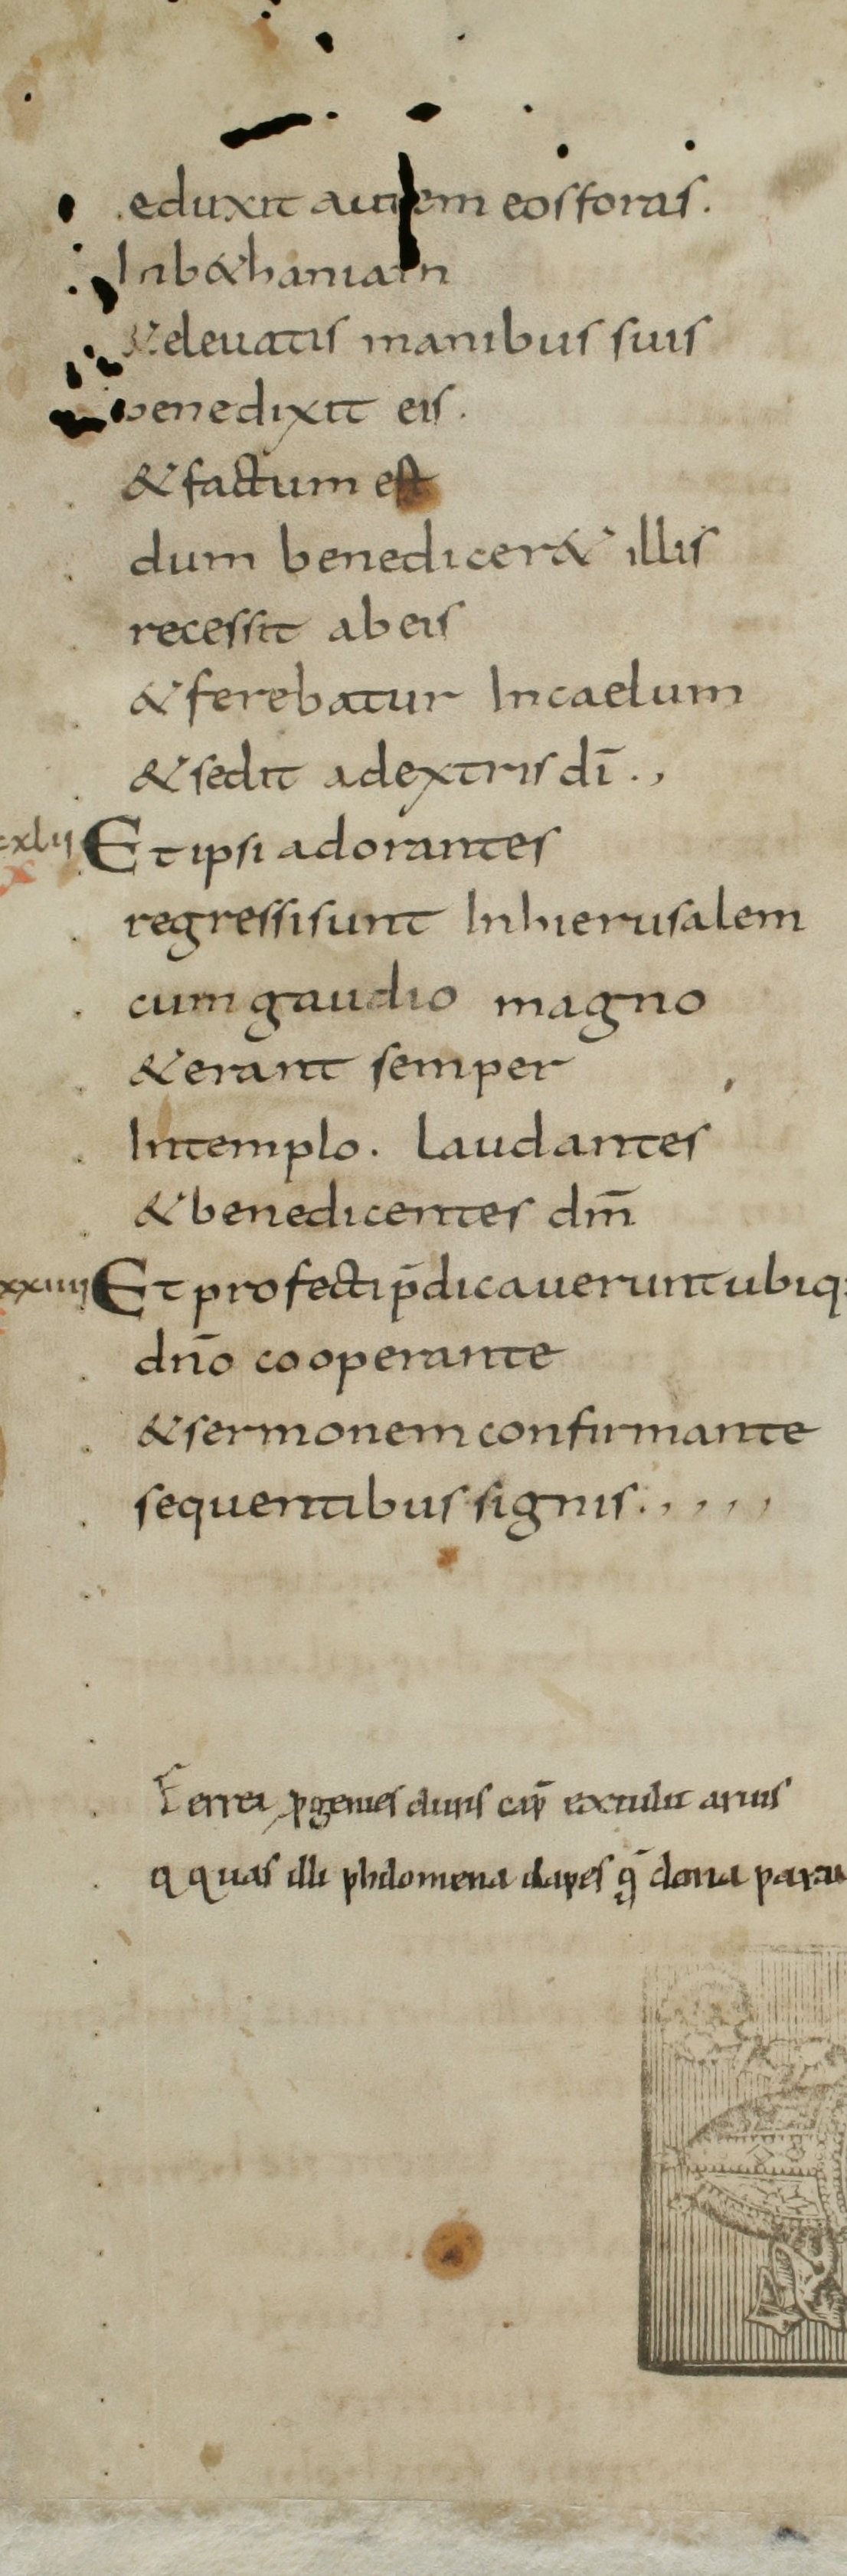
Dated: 800–849